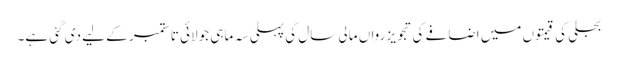
بجلی کی قیمتوں میں اضافے کی تجویز رواں مالی سال کی پہلی سہ ماہی جولائی تا ستمبر کے لیے دی گئی ہے۔